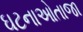
ઘટનાઓતાજા